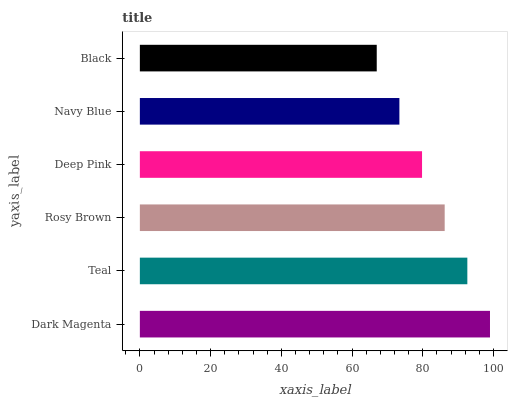
| yaxis_label | bars |
 | --- | --- |
 | Dark Magenta | 99 |
 | Teal | 92.6 |
 | Rosy Brown | 86.2 |
 | Deep Pink | 79.8 |
 | Navy Blue | 73.4 |
 | Black | 67 |